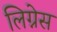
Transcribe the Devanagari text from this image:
लिग्नेस